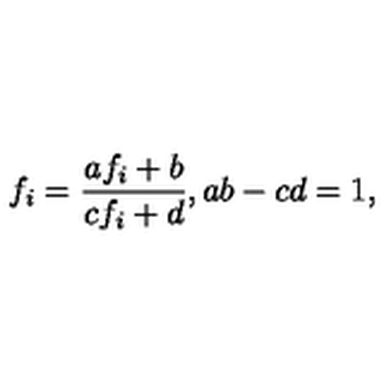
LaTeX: f _ { i } = \frac { a f _ { i } + b } { c f _ { i } + d } , a b - c d = 1 ,